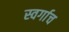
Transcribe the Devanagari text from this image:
स्वर्गाच